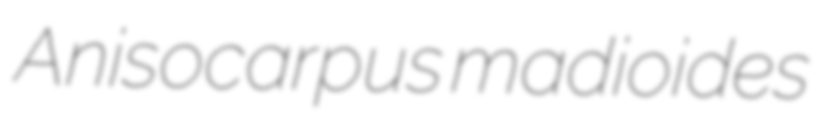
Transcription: Anisocarpus madioides